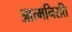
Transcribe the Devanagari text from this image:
आत्मनिरति